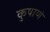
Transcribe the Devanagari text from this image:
कुषाणे